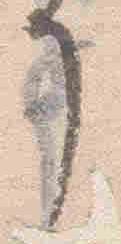
了